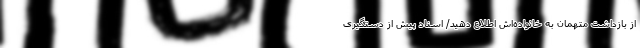
از بازداشت متهمان به خانواده‌اش اطلاع دهید/ اسناد پیش از دستگیری